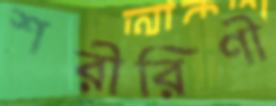
শরীরিণী